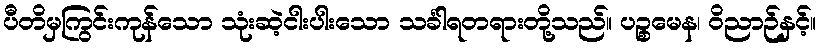
ပီတိမှကြွင်းကုန်သော သုံးဆဲ့ငါးပါးသော သင်္ခါရတရားတို့သည်။ ပဉ္စမေန၊ ဝိညာဉ်နှင့်။